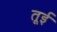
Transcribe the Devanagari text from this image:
तूई